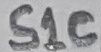
Text: S1C